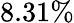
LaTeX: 8.31\%